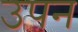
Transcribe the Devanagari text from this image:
उपन